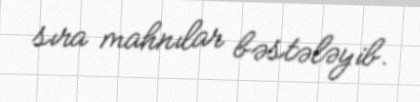
sıra mahnılar bəstələyib.